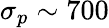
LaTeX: \sigma_{p}\sim 700